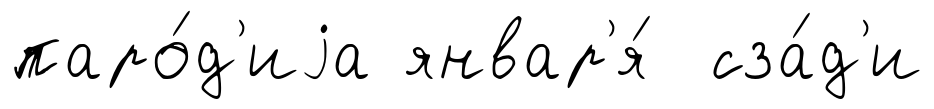
паро́д'иjа январ'я́ сза́д'и